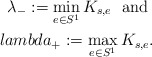
\begin{align*}\lambda_-:=\min_{e\in S^1} K_{s,e} \ {\mbox{ and }} \\lambda_+:=\max_{e\in S^1} K_{s,e}.\end{align*}